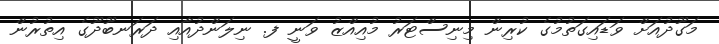
މަގޫދުއަށް ވަޑައިގަތުމުގެ ކުރިން މިނިސްޓަރު މުއިއްޒު ވަނީ ފ. ނިލަންދުއާއި ދަރަނބޫދޫގެ އިތުރުން